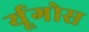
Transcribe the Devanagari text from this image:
र्यूगोस